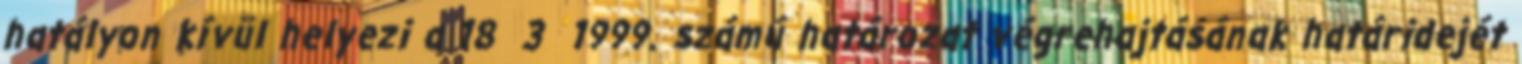
hatályon kívül helyezi a 18 3 1999. számú határozat végrehajtásának határidejét